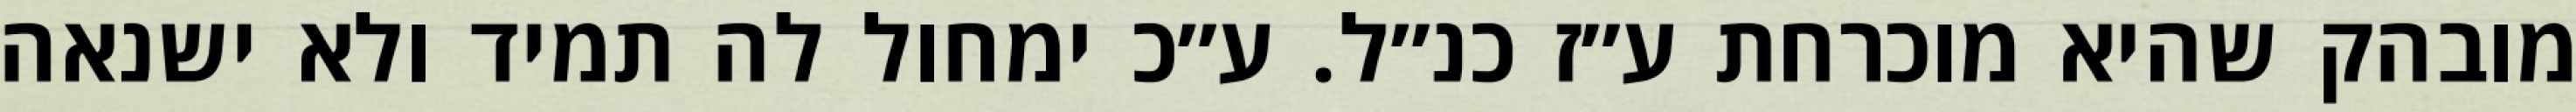
מובהק שהיא מוכרחת ע״ז כנ״ל. ע״כ ימחול לה תמיד ולא ישנאה